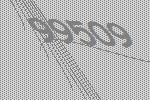
99509